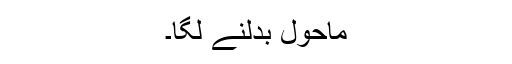
ماحول بدلنے لگا۔